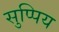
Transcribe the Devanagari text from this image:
सुप्पिय